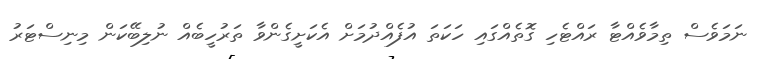
ނަމަވެސް ތިމާވެއްޓާ ރައްޓެހި ގޮތެއްގައި ހަކަތަ އުފެއްދުމަށް އެކަށީގެންވާ ތަރުހީބެއް ނުލިބޭކަން މިނިސްޓަރު